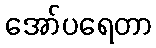
အော်ပရေတာ